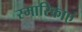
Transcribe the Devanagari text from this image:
स्मारिकाएं